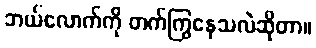
ဘယ်လောက်ကို တက်ကြွနေသလဲဆိုတာ။